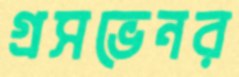
গ্রসভেনর